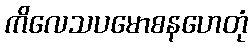
ကိလေသပမောစနဟေတုံ